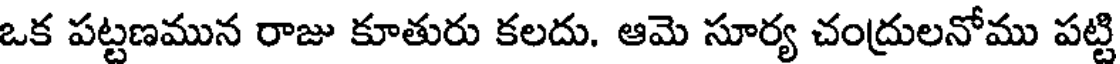
ఒక పట్టణమున రాజు కూతురు కలదు. ఆమె సూర్య చంద్రులనోము పట్టి